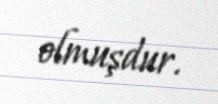
olmuşdur.